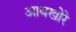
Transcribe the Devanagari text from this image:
आबखोरे